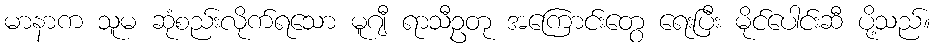
မာနာက သူမ ဆုံစည်းလိုက်ရသော မူဂျီ ရာသီဥတု အကြောင်းတွေ ရေးပြီး မိုင်ပေါင်းဆီ ပို့သည်။